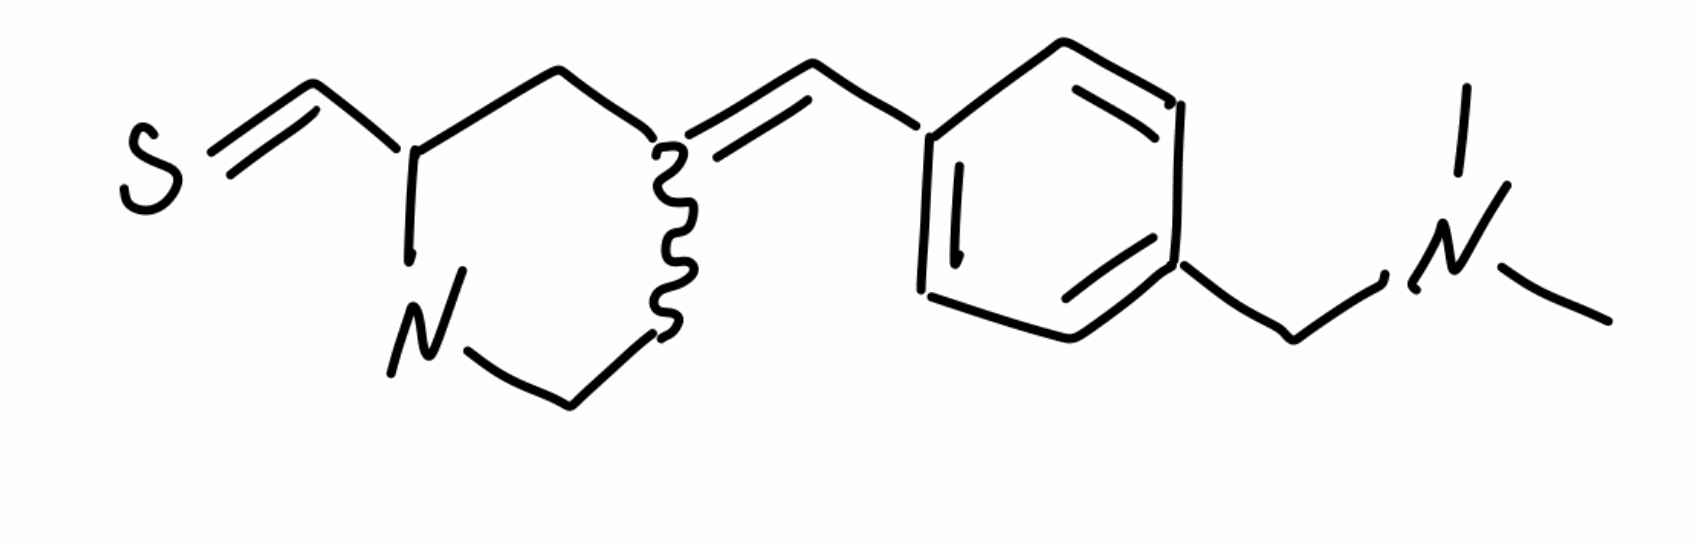
Simplified molecular-input line-entry system (SMILES) notation of the given molecule:
CN(C)CC1=CC=C(C=C1)C=C2CCN=C(C2)C=S